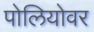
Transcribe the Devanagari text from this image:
पोलियोवर